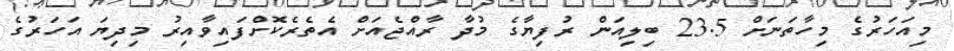
މިއަހަރުގެ މިހާތަނަށް 23.5 ބިލިއަން ރުފިޔާގެ މުދާ ރާއްޖެއަށް އެތެރެކޮށްފައިވާއިރު މިދިޔަ އަހަރުގެ